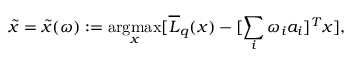
\widetilde { x } = \widetilde { x } ( \omega ) : = \mathop { \mathrm { a r g m a x } } _ { x } [ \overline { { L } } _ { q } ( x ) - [ \sum _ { i } \omega _ { i } a _ { i } ] ^ { T } x ] ,